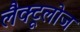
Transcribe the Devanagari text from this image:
लैक्टूलोज